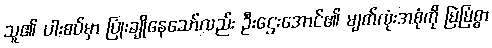
သူ၏ ပါးစပ်မှာ ပြုံးချိုနေသော်လည်း ဦးဌေးအောင်၏ မျက်လုံးအစုံကို မြဲမြံစွာ